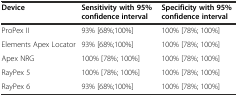
| Device | Sensitivity with 95% confidence interval | Specificity with 95% confidence interval |
 | --- | --- | --- |
 | ProPex II | 93% [68%;100%] | 100% [78%; 100%] |
 | Elements Apex Locator | 93% [68%;100%] | 100% [78%; 100%] |
 | Apex NRG | 100% [78%; 100%] | 100% [78%; 100%] |
 | RayPex 5 | 100% [78%; 100%] | 100% [78%; 100%] |
 | RayPex 6 | 93% [68%;100%] | 100% [78%; 100%] |